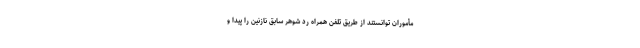
مأموران توانستند از طریق تلفن همراه رد شوهر سابق نازنین را پیدا و